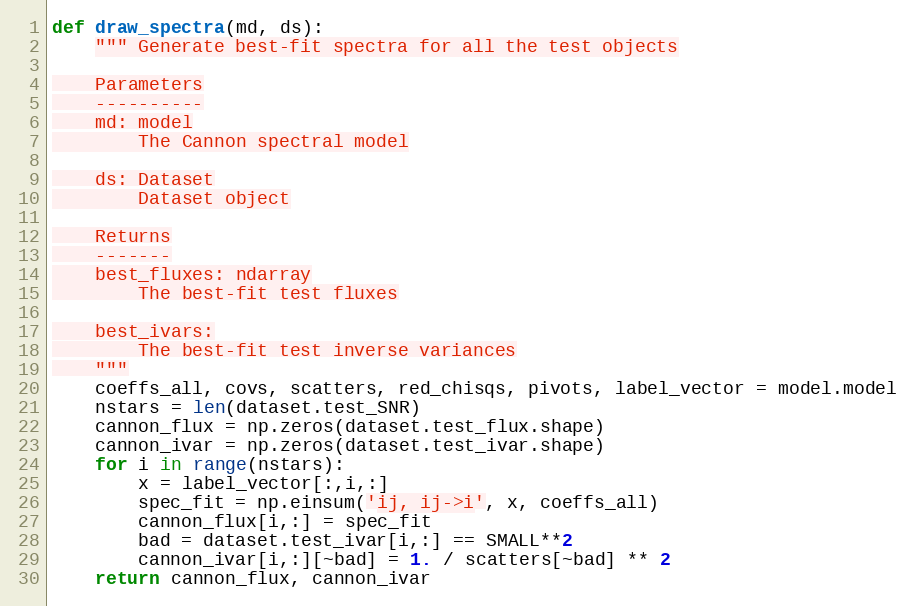
Language: Python
def draw_spectra(md, ds):
    """ Generate best-fit spectra for all the test objects

    Parameters
    ----------
    md: model
        The Cannon spectral model

    ds: Dataset
        Dataset object

    Returns
    -------
    best_fluxes: ndarray
        The best-fit test fluxes

    best_ivars:
        The best-fit test inverse variances
    """
    coeffs_all, covs, scatters, red_chisqs, pivots, label_vector = model.model
    nstars = len(dataset.test_SNR)
    cannon_flux = np.zeros(dataset.test_flux.shape)
    cannon_ivar = np.zeros(dataset.test_ivar.shape)
    for i in range(nstars):
        x = label_vector[:,i,:]
        spec_fit = np.einsum('ij, ij->i', x, coeffs_all)
        cannon_flux[i,:] = spec_fit
        bad = dataset.test_ivar[i,:] == SMALL**2
        cannon_ivar[i,:][~bad] = 1. / scatters[~bad] ** 2
    return cannon_flux, cannon_ivar